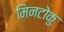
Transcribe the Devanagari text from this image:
मिनटोकु